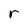
Character: r